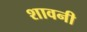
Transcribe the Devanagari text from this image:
शावनी